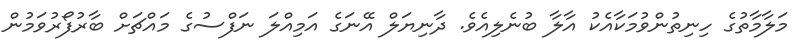
މަލާމާތުގެ ހިނިތުންވުމަކާއެކު އާލާ ބުނެލިއެވެ. ދާނިޔަލް އޭނަގެ އަމިއްލަ ނަފްސުގެ މައްޗަށް ބާރުފޯރުވަމުން